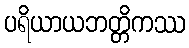
ပရိယာယဘတ္တိကဿ